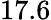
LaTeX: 17.6